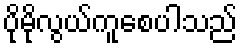
ပိုမိုလွယ်ကူစေပါသည်